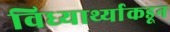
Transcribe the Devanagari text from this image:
विध्यार्थ्याकडून